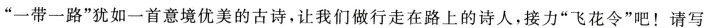
”一带一路”犹如一首意境优美的古诗，让我们做行走在路上的诗人，接力”飞花令”吧！请写